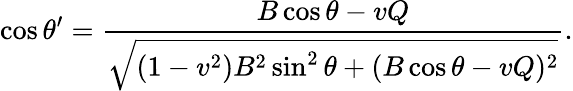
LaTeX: \cos\theta^{\prime}=\frac{B\cos\theta-vQ}{\sqrt{(1-v^{2})B^{2}\sin^{2}\theta+(B\cos\theta-vQ)^{2}}}.